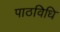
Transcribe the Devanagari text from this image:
पाठविधि